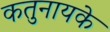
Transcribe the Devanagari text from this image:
कतुनायके